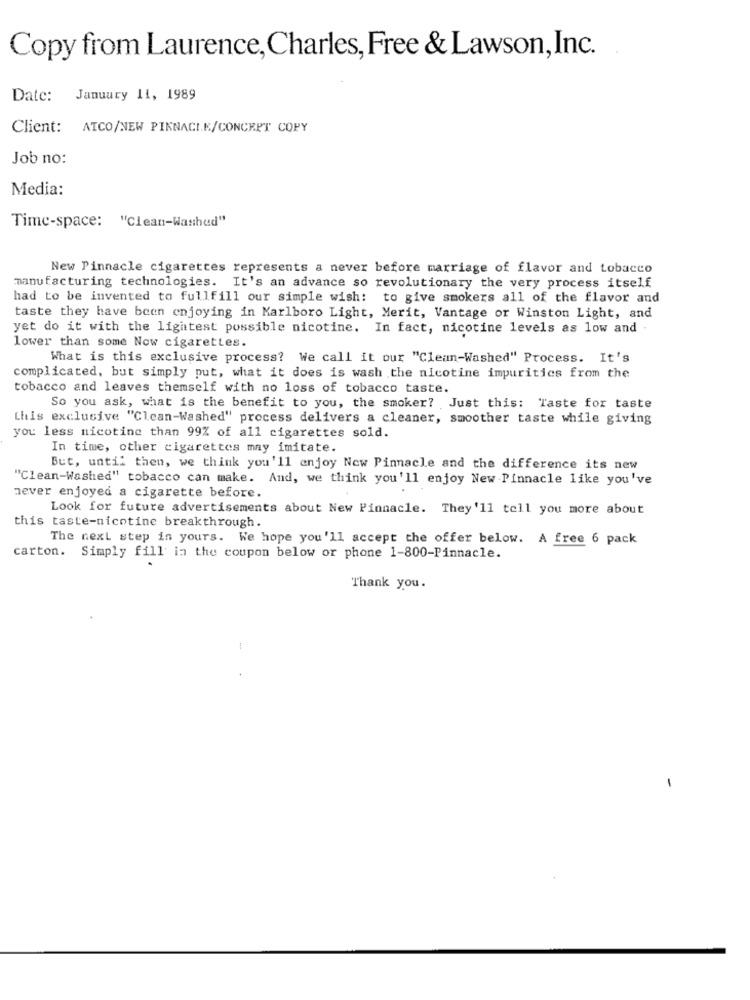
Copy from Laurence, Charles, Free & Lawson,Inc.
Date: January 11, 1989
Client: ATCO/NEW PINNACLE/CONCRET COPY
Job no:
Media:
Time-space: "Clean-Washed"
New Pinnacle cigarettes represents a never before marriage of flavor and tobacco
manufacturing technologies. It's an advance so revolutionary the very process itself
had to be invented to fullfill our simple wish: to give smokers all of the flavor and
taste they have been enjoying in Marlboro Light, Merit, Vantage or Winston Light, and
yet do it with the lightest possible nicotine. In fact, nicotine levels as low and
lower than some Now cigarettes.
What is this exclusive process? We call it our "Clean-Washed" Process. It's
complicated, but simply put, what it does is wash the nicotine impurities from the
tobacco and leaves themself with no loss of tobacco taste.
So you ask, what is the benefit to you, the smoker? Just this: Taste for taste
this exclusive "Clean-Washed" process delivers a cleaner, smoother taste while giving
you less nicotine than 99% of all cigarettes sold.
In time, other cigarettes may imitate.
But, until then, we think you'll enjoy New Pinnacle and the difference its new
"Clean-Washed" tobacco can make. And, we think you'll enjoy New Pinnacle like you've
never enjoyed a cigarette before.
Look for future advertisements about New Pinnacle. They'll tell you more about
this taste-nicotine breakthrough.
The next step in yours. We hope you'll accept the offer below. A free 6 pack
carton. Simply fill in the coupon below or phone 1-800-Pinnacle.
Thank you.
-